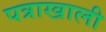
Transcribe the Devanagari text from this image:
पत्राखाली